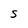
Character: S